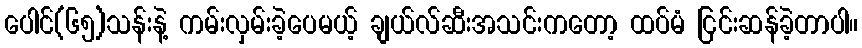
ပေါင်(၆၅)သန်းနဲ့ ကမ်းလှမ်းခဲ့ပေမယ့် ချယ်လ်ဆီးအသင်းကတော့ ထပ်မံ ငြင်းဆန်ခဲ့တာပါ။